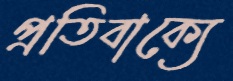
প্রতিবাক্যে